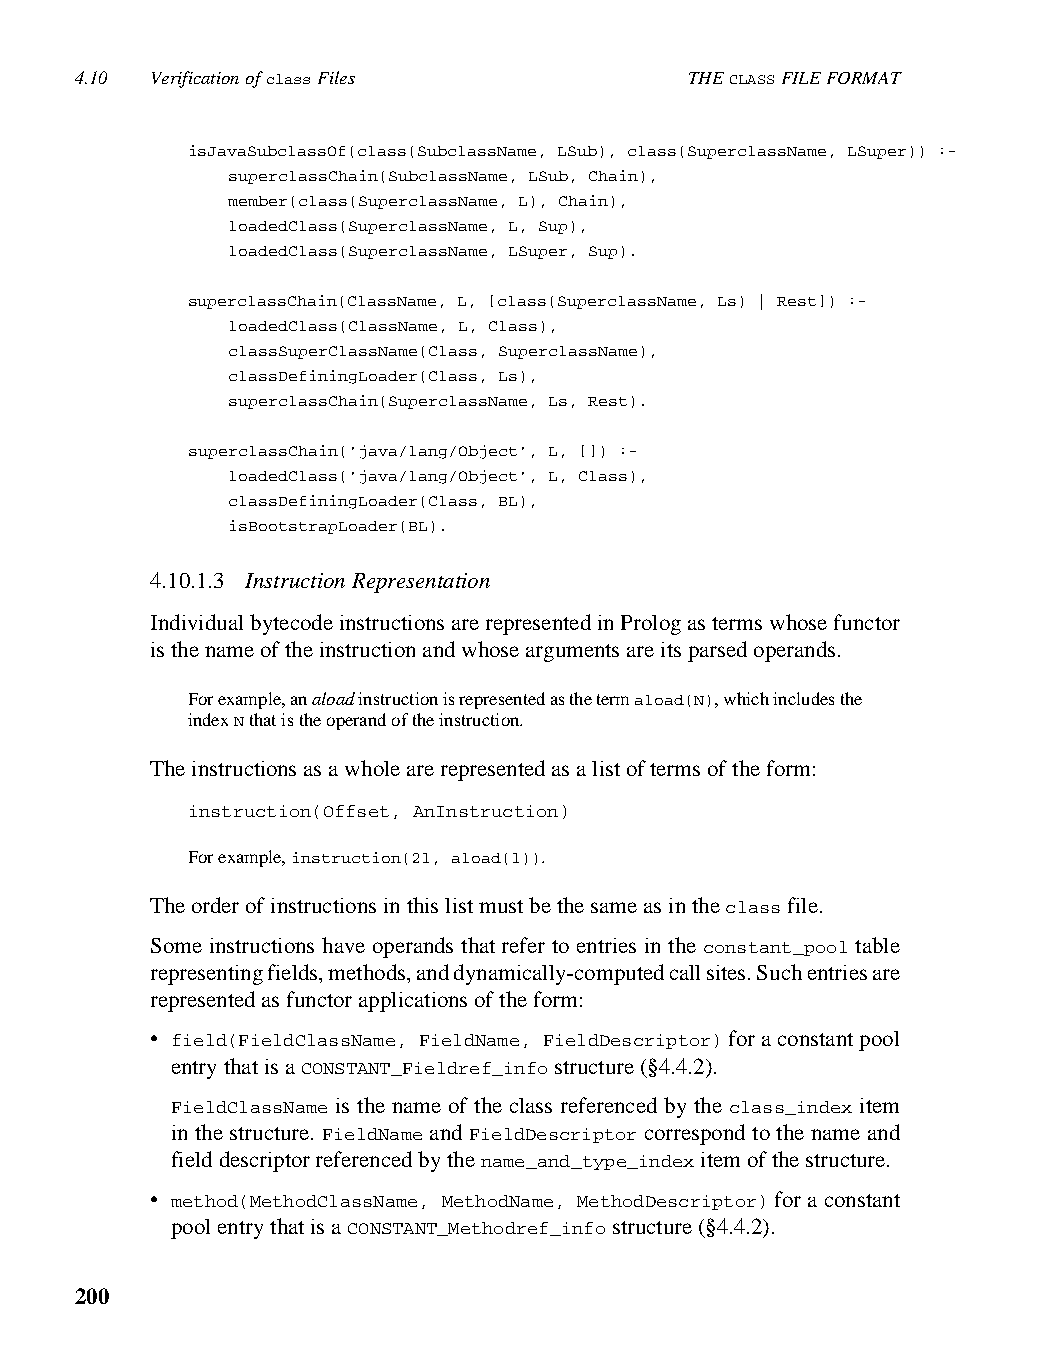
4.10 Verification of class Files         THE CLASS FILE FORMAT
 isJavaSubclassOf(class(SubclassName, LSub), class(SuperclassName, LSuper)) :-
 superclassChain(SubclassName, LSub, Chain),
 member(class(SuperclassName, L), Chain),
 loadedClass(SuperclassName, L, Sup),
 loadedClass(SuperclassName, LSuper, Sup).
 superclassChain(ClassName, L, [class(SuperclassName, Ls) | Rest]) :-
 loadedClass(ClassName, L, Class),
 classSuperClassName(Class, SuperclassName),
 classDefiningLoader(Class, Ls),
 superclassChain(SuperclassName, Ls, Rest).
 superclassChain('java/lang/Object', L, []) :-
 loadedClass('java/lang/Object', L, Class),
 classDefiningLoader(Class, BL),
 isBootstrapLoader(BL).
 4.10.1.3 Instruction Representation
 Individual bytecode instructions are represented in Prolog as terms whose functor
 is the name of the instruction and whose arguments are its parsed operands.
 For example, an aload instruction is represented as the term aload(N), which includes the
 index N that is the operand of the instruction.
 The instructions as a whole are represented as a list of terms of the form:
 instruction(Offset, AnInstruction)
 For example, instruction(21, aload(1)).
 The order of instructions in this list must be the same as in the class file.
 Some instructions have operands that refer to entries in the constant_pool table
 representing fields, methods, and dynamically-computed call sites. Such entries are
 represented as functor applications of the form:
 • field(FieldClassName, FieldName, FieldDescriptor) for a constant pool
 entry that is a CONSTANT_Fieldref_info structure (§4.4.2).
 FieldClassName is the name of the class referenced by the class_index item
 in the structure. FieldName and FieldDescriptor correspond to the name and
 field descriptor referenced by the name_and_type_index item of the structure.
 • method(MethodClassName, MethodName, MethodDescriptor) for a constant
 pool entry that is a CONSTANT_Methodref_info structure (§4.4.2).
 200